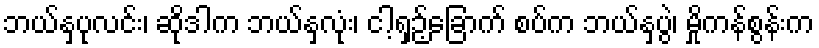
ဘယ်နှပုလင်း၊ ဆိုဒါက ဘယ်နှလုံး၊ ငါ့ရှဉ့်ခြောက် စပ်က ဘယ်နှပွဲ၊ မှိုကန်စွန်းက